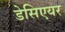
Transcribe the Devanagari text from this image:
डेसिएयर